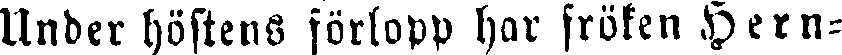
Under höstens förlopp har fröken Hern-